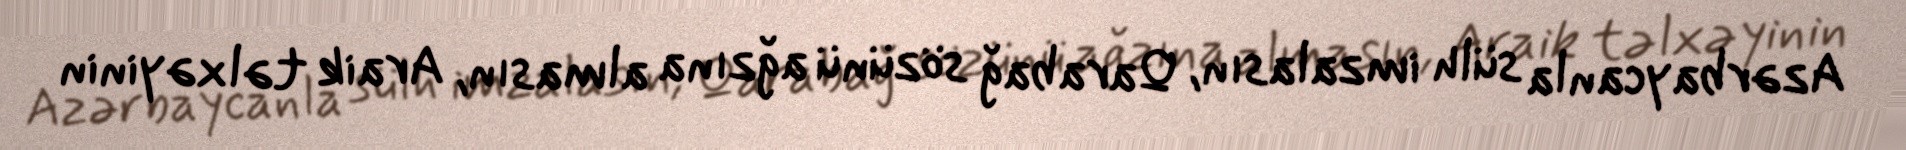
Azərbaycanla sülh imzalasın, Qarabağ sözünü ağzına almasın, Araik təlxəyinin